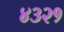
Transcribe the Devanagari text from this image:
४३२१